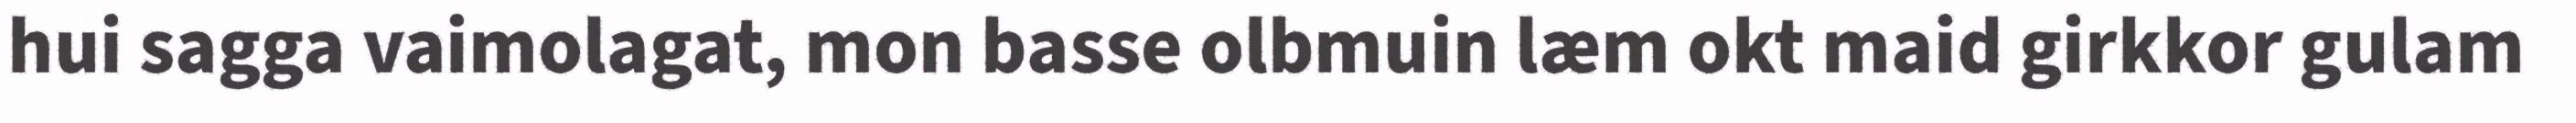
hui sagga vaimolagat, mon basse olbmuin læm okt maid girkkor gulam